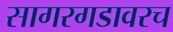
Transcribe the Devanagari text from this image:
सागरगडावरच